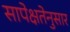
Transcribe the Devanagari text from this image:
सापेक्षतेनुसार